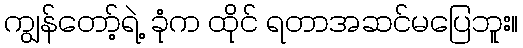
ကျွန်တော့်ရဲ့ ခုံက ထိုင် ရတာအဆင်မပြေဘူး။